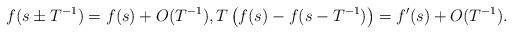
LaTeX: \begin{align*}f(s\pm T^{-1})=f(s)+O(T^{-1}), T\left( f(s)-f(s-T^{-1})\right)=f'(s)+O(T^{-1}).\end{align*}